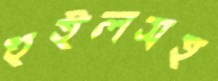
হুইলসহ